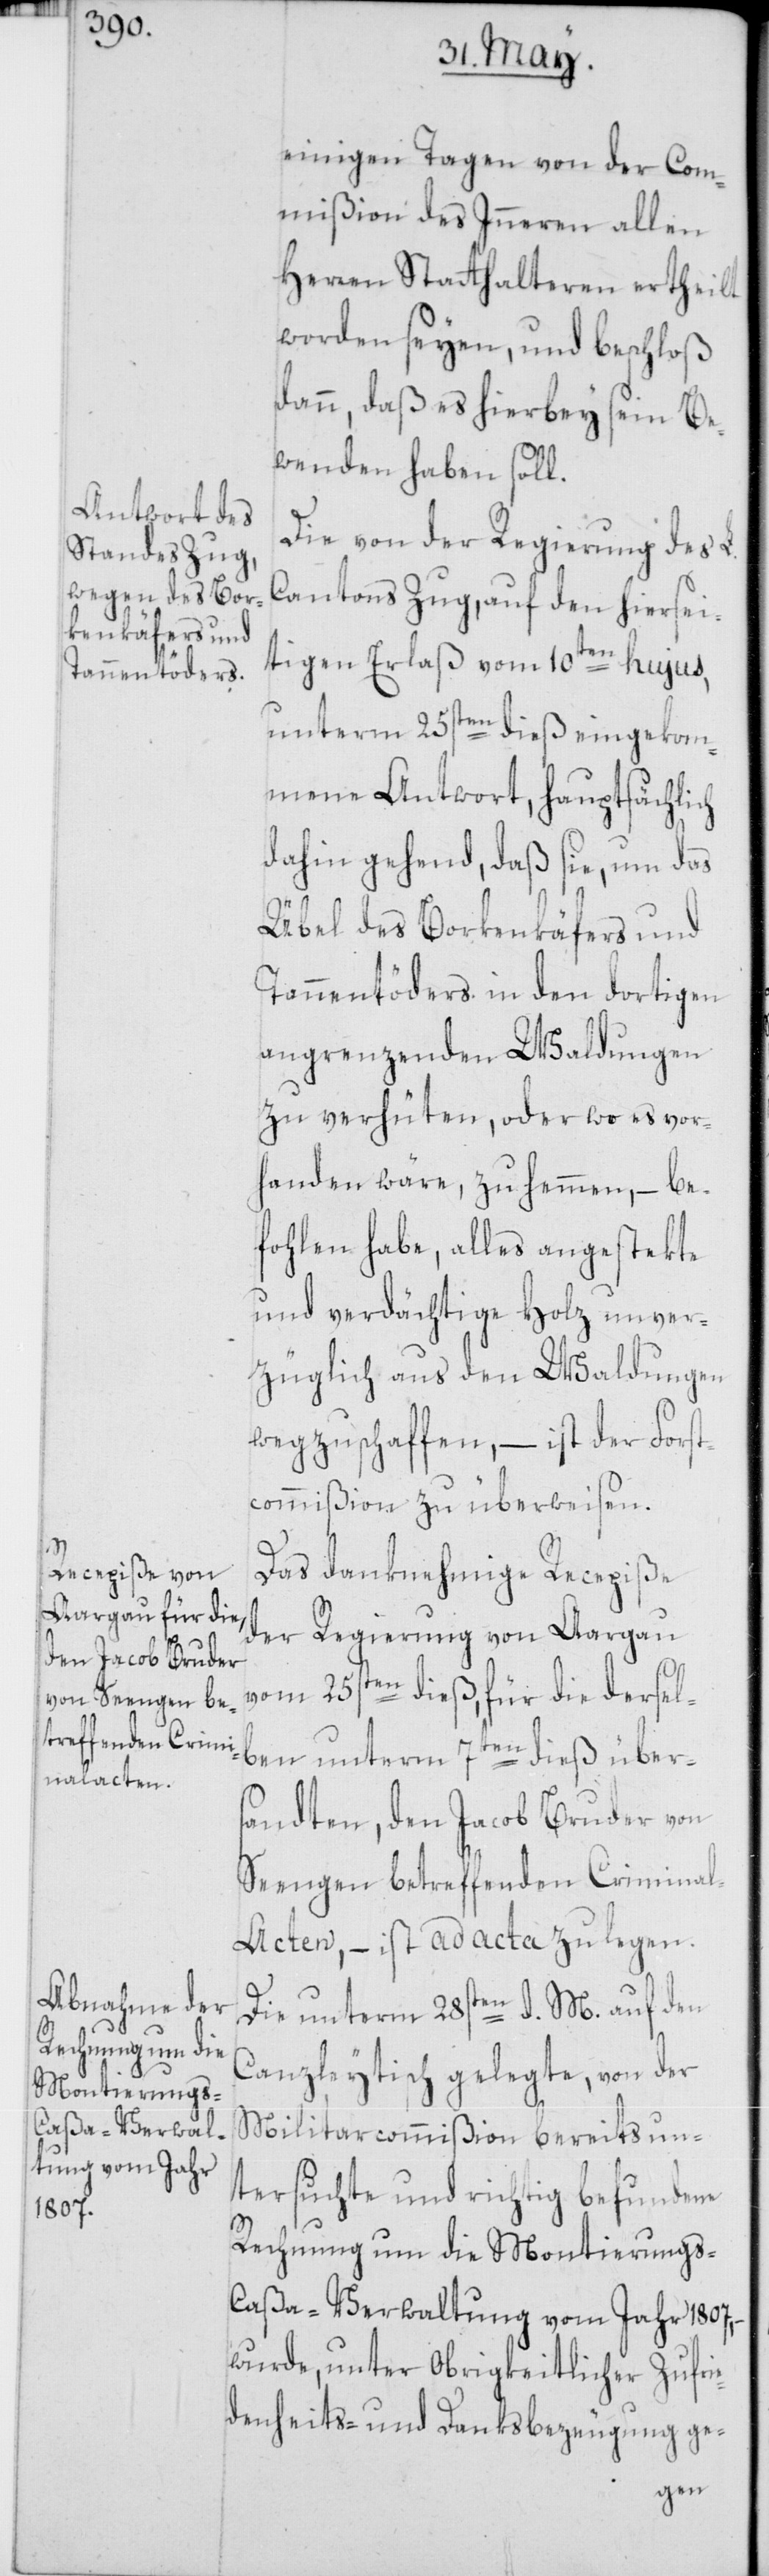
einigen Tagen von der Com¬
mißion des Inneren allen
Herren Stadthalteren ertheilt
worden seyen, und beschloß
dann, daß es hierbey sein Be¬
wenden haben soll.
Die von der Regierung des L.
Cantons Zug, auf den hiersei¬
tigen Erlaß vom 10ten hujus,
unterm 25sten dieß eingekom¬
mene Antwort, hauptsächlich
dahin gehend, daß sie, um das
Übel des Borkenkäfers und
Tannentöders in den dortigen
angrenzenden Waldungen
zu verhüten, oder wo es vor¬
handen wäre, zu hemmen, – be¬
fohlen habe, alles angestekte
und verdächtige Holz unver¬
züglich aus den Waldungen
wegzuschaffen, – ist der Forst¬
commißion zu überweisen.
Das danknehmige Recepiße
der Regierung von Aargau
vom 25sten dieß, für die dersel¬
sandten, den Jacob Bruder von
Seengen betreffenden Crimina¬
l-Acten, – ist ad acta zu legen.
Die unterm 28sten d. M. auf den
Canzleytisch gelegte, von der
Militarcommißion bereits un¬
tersuchte und richtig befundene
Rechnung um die Montierungs-C¬
aßa-Verwaltung vom Jahr 1807,
wurde, unter Obrigkeitlicher Zufrie¬
denheits- und Danksbezeugung ge-
über¬